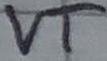
Text: VT